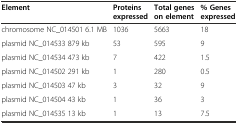
| Element | Proteins expressed | Total genes on element | % Genes expressed |
 | --- | --- | --- | --- |
 | chromosome NC_014501 6.1 MB | 1036 | 5663 | 18 |
 | plasmid NC_014533 879 kb | 53 | 595 | 9 |
 | plasmid NC_014534 473 kb | 7 | 422 | 1.5 |
 | plasmid NC_014502 291 kb | 1 | 280 | 0.5 |
 | plasmid NC_014503 47 kb | 3 | 32 | 9 |
 | plasmid NC_014504 43 kb | 1 | 36 | 3 |
 | plasmid NC_014535 13 kb | 1 | 13 | 7.5 |